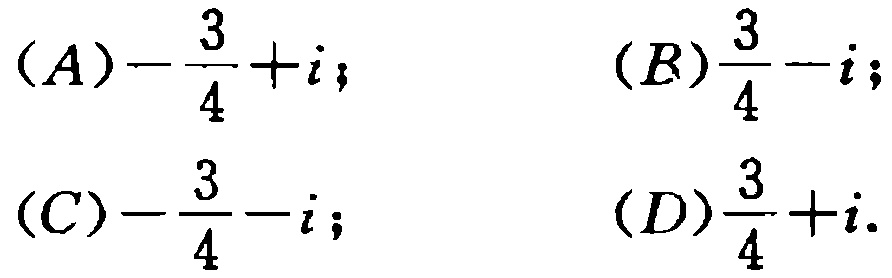
\((A)-\frac{3}{4}+i;\) \((B)\frac{3}{4}-i;\)
\((C)-\frac{3}{4}-i;\) \((D)\frac{3}{4}+i.\)